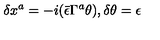
\delta x ^ { a } = - i ( \bar { \epsilon } \Gamma ^ { a } \theta ) , \delta \theta = \epsilon